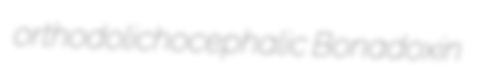
orthodolichocephalic Bonadoxin